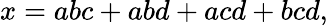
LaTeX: x=abc+abd+acd+bcd,